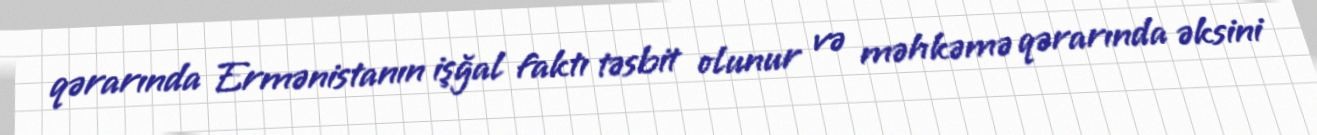
qərarında Ermənistanın işğal faktı təsbit olunur və məhkəmə qərarında əksini